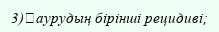
3)	аурудың бірінші рецидиві;